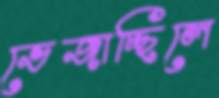
ভেজাচ্ছিলে